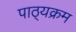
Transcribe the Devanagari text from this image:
पाठ्‍यक्रम